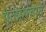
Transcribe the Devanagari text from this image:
द्यूतप्रसंगात